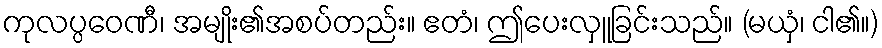
ကုလပ္ပဝေဏီ၊ အမျိုး၏အစပ်တည်း။ ဧတံ၊ ဤပေးလှူခြင်းသည်။ (မယှံ၊ ငါ၏။)